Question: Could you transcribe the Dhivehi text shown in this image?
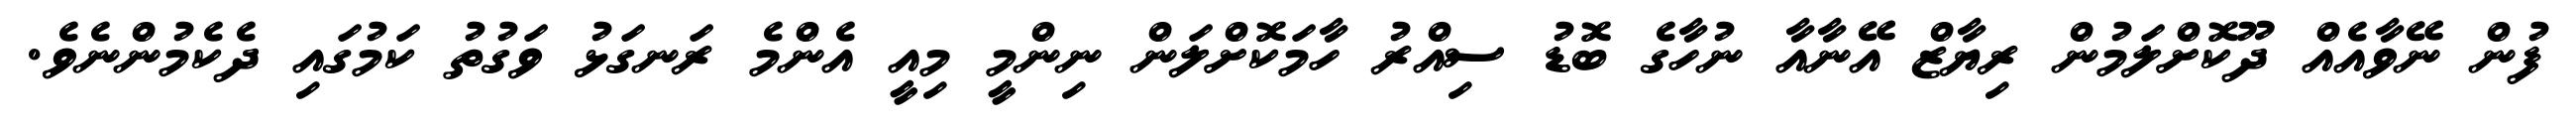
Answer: ފުން ނޭވާއެއް ދޫކޮށްލަމުން ރިޔާޒް އޭނާއާ ނުހާގެ ބޮޑު ސިއްރު ހާމަކޮށްލަން ނިންމީ މިއީ އެންމެ ރަނގަޅު ވަގުތު ކަމުގައި ދެކެމުންނެވެ.